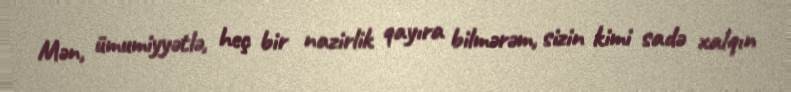
Mən, ümumiyyətlə, heç bir nazirlik qayıra bilmərəm, sizin kimi sadə xalqın